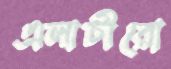
এলাচীরো